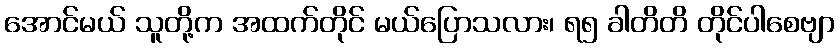
အောင်မယ် သူတို့က အထက်တိုင် မယ်ပြောသလား၊ ရ၅ ခါတိတိ တိုင်ပါစေဗျာ